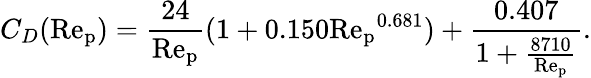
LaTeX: C_{D}(\mathrm{Re_{p}})=\frac{24}{\mathrm{Re_{p}}}(1+0.150\mathrm{Re_{p}}^{0.681})+\frac{0.407}{1+\frac{8710}{\mathrm{Re_{p}}}}.